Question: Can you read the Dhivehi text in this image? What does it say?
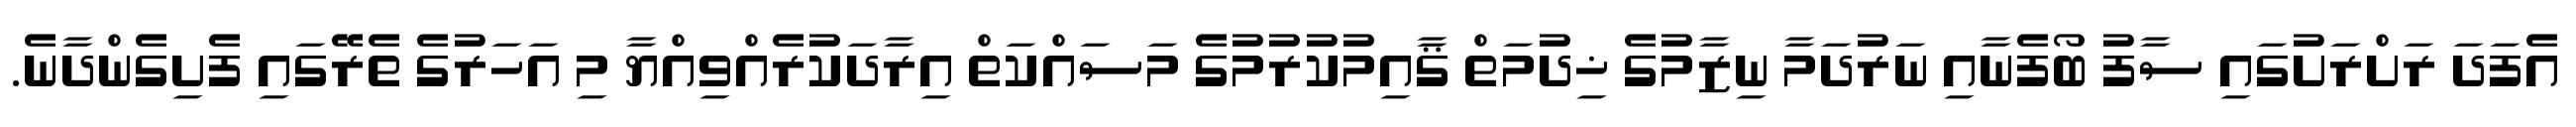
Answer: އެފަދަ ރަށްރަށުގައި ސާފު ބޯފެނާއި ނަރުދަމާ ނިޒާމުގެ ޚިދުމަތް ޤާއިމުކުރުމުގެ މަސައްކަތް އިރާދަކުރެއްވިއްޔާ މި އަހަރުގެ ތެރޭގައި ފެށިގެންދާނެ.